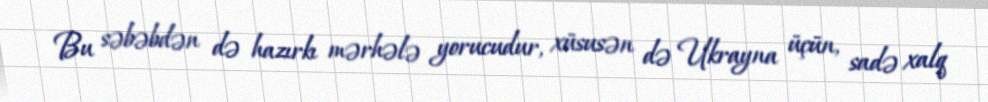
Bu səbəbdən də hazırkı mərhələ yorucudur, xüsusən də Ukrayna üçün, sadə xalq